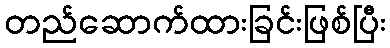
တည်ဆောက်ထားခြင်းဖြစ်ပြီး